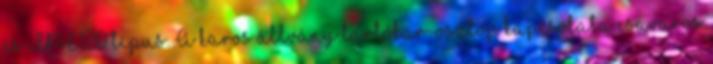
és IPE120 típus. A karos állvány tartókar-oszlop kapcsolata csavaros